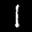
Label: 1